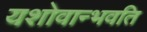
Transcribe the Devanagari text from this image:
यशोवान्भवति